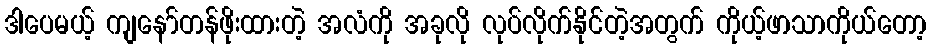
ဒါပေမယ့် ကျနော်တန်ဖိုးထားတဲ့ အလံကို အခုလို လုပ်လိုက်နိုင်တဲ့အတွက် ကိုယ့်ဖာသာကိုယ်တော့